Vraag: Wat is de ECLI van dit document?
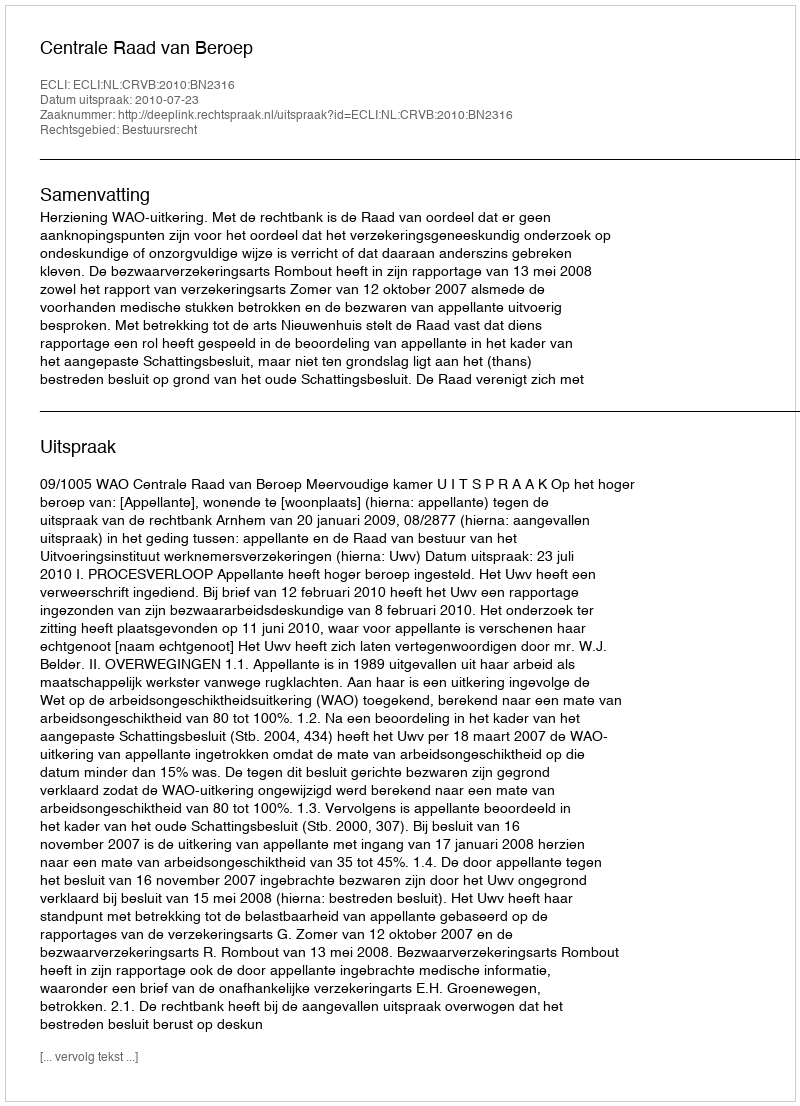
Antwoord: ECLI:NL:CRVB:2010:BN2316